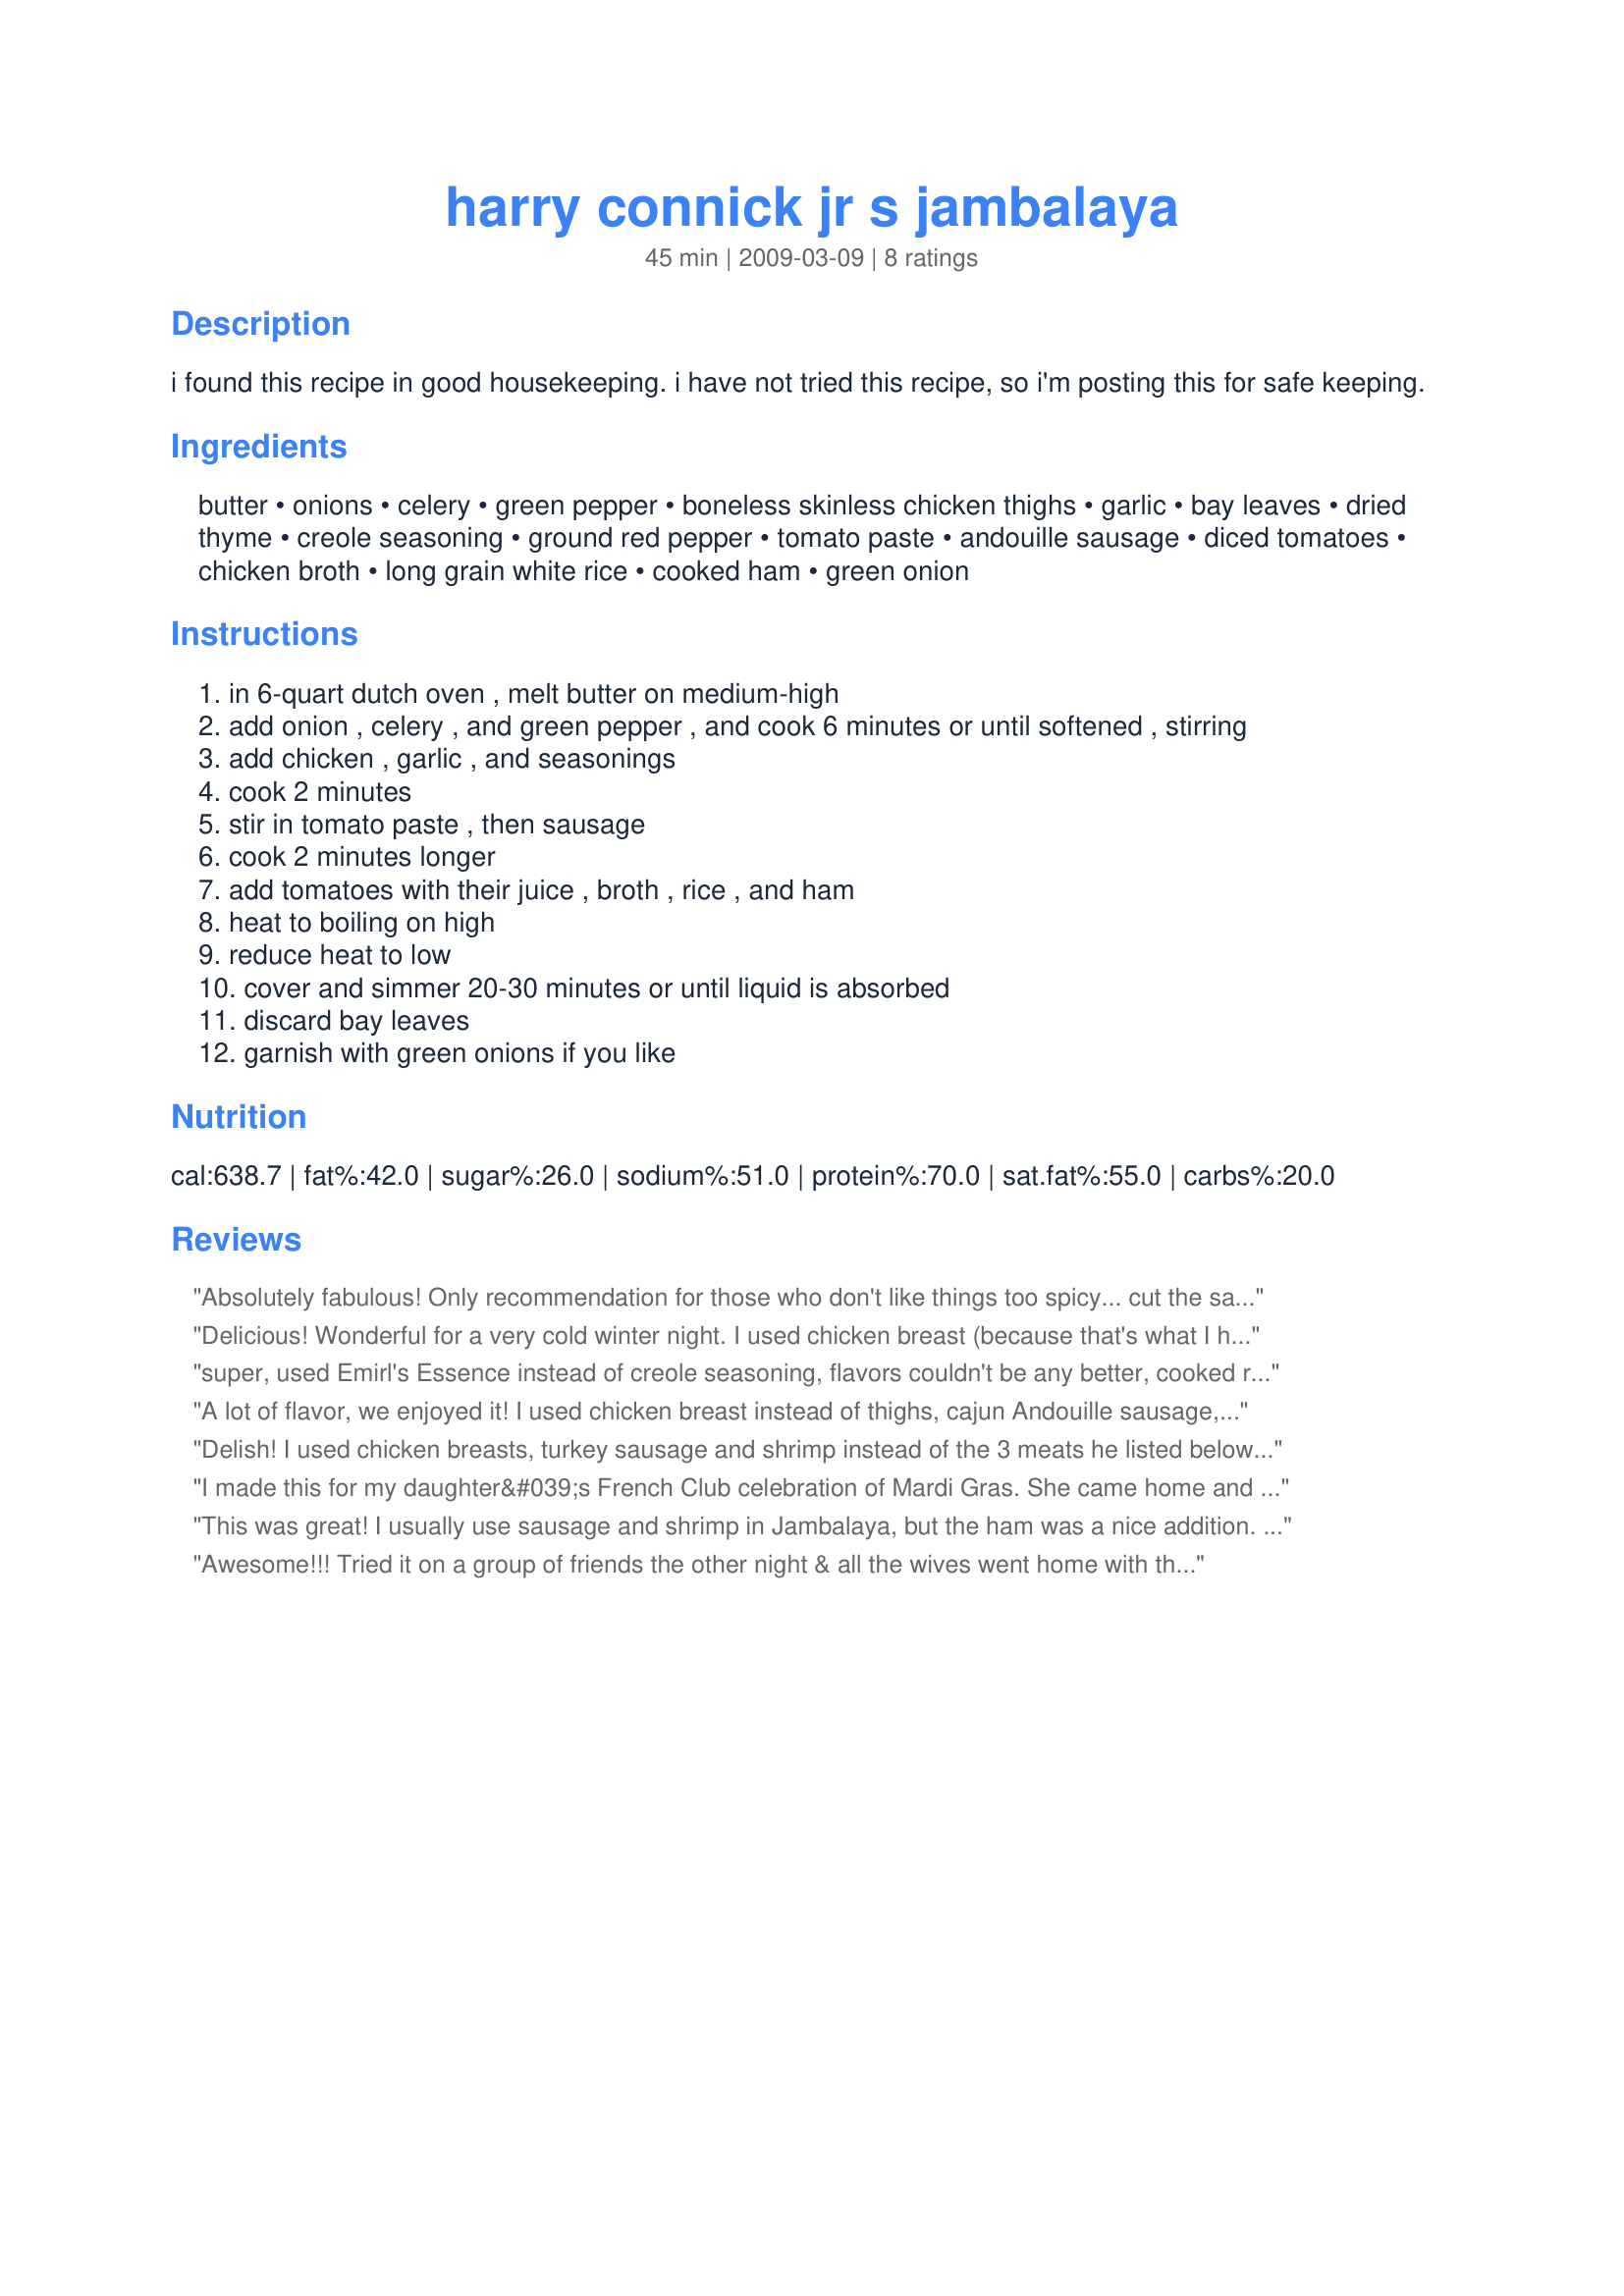
harry connick jr s jambalaya
Preparation time: 45 minutes

i found this recipe in good housekeeping. i have not tried this recipe, so i'm posting this for safe keeping.

Ingredients:
butter, onions, celery, green pepper, boneless skinless chicken thighs, garlic, bay leaves, dried thyme, creole seasoning, ground red pepper, tomato paste, andouille sausage, diced tomatoes, chicken broth, long grain white rice, cooked ham, green onion

Steps:
in 6-quart dutch oven , melt butter on medium-high
add onion , celery , and green pepper , and cook 6 minutes or until softened , stirring
add chicken , garlic , and seasonings
cook 2 minutes
stir in tomato paste , then sausage
cook 2 minutes longer
add tomatoes with their juice , broth , rice , and ham
heat to boiling on high
reduce heat to low
cover and simmer 20-30 minutes or until liquid is absorbed
discard bay leaves
garnish with green onions if you like

Reviews:
Absolutely fabulous! Only recommendation for those who don't like things too spicy... cut the sausage in thinner slices. I liked the kick, but some found the sausage a bit much in larger chunks. Am whipping up another batch today. Oh, I also add shrimp which is great!
Delicious! Wonderful for a very cold winter night. I used chicken breast (because that's what I had on hand) and andouille sausage. I didn't add the ham. I also added a little salt. Otherwise I followed the recipe to a "T". Yum yum!
super, used Emirl's Essence instead of creole seasoning, flavors couldn't be any better, cooked rice separate, cook longer than calls for to really marry flavors
A lot of flavor, we enjoyed it! I used chicken breast instead of thighs, cajun Andouille sausage, and turkey kielbasa instead of ham. I used Emeril's Creole Seasoning recipe from The Food Network website. I eliminated the addt.l one-half tsp. cayenne. The sauce was a little on the thin side, maybe because I cooked the rice separately. I enjoyed making the dish and it was very tasty...but unfortunately unhealthy due to the high fat, sodium, potassium content. I probably won't make it again.
Delish! I used chicken breasts, turkey sausage and shrimp instead of the 3 meats he listed below. Super good!
I made this for my daughter&#039;s French Club celebration of Mardi Gras. She came home and said they all loved it and several people asked for the recipe. I substituted salad shrimp for the ham and used chicken breasts instead of thighs. My family also loved it. Will make again!
This was great! I usually use sausage and shrimp in Jambalaya, but the ham was a nice addition. The only change I made was using brown rice instead of white. And the spicyness was perfect!
Awesome!!! Tried it on a group of friends the other night & all the wives went home with the recipe. Love the one-pot cooking & most of the prep work can be done ahead of time. This one is, definitely, a keeper !!!!!
(Had some difficulty finding Creole seasoning. After checking Safeway & QFC, I finally found it at Fred Meyer.)
